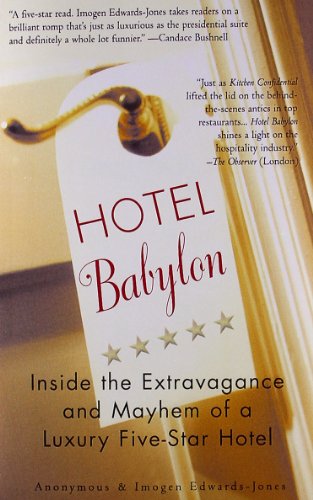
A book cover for Hotel Babylon: Inside the Extravagance and Mayhem of a Luxury Five-Star Hotel; Anonymous; Travel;